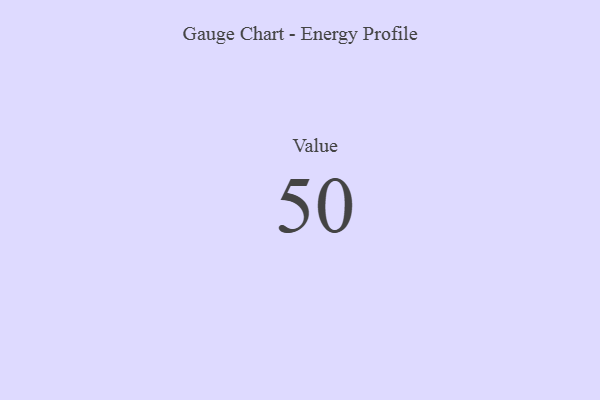
{"axis": {"x": "Metric", "y": "Value"}, "legend": [""], "data": [{"x": "Value", "y": 50, "type": ""}]}